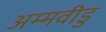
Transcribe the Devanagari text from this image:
अम्मवीडु